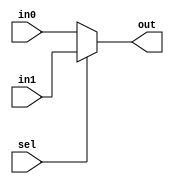
`timescale 1ns / 1ps

module MUX(
        input sel, 
        input [31:0] in0,
        input [31:0] in1,
        output reg [31:0] out
    );
    
    always@(in0, in1, sel)
    begin
        if(sel) out <= in1;
        else
            begin
                out <= in0;
            end
    end
endmodule